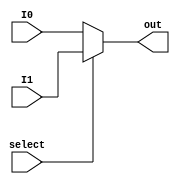
module MUX (out, select, I1, I0);
	output reg [7:0] out;
	input [7:0] I0, I1;
	input select;
	
	always@(*) begin
		out<= select ? I1: I0;
	end 
endmodule